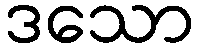
ဒသော